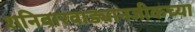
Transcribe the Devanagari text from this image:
शनिवारवाड्यानजीकच्या